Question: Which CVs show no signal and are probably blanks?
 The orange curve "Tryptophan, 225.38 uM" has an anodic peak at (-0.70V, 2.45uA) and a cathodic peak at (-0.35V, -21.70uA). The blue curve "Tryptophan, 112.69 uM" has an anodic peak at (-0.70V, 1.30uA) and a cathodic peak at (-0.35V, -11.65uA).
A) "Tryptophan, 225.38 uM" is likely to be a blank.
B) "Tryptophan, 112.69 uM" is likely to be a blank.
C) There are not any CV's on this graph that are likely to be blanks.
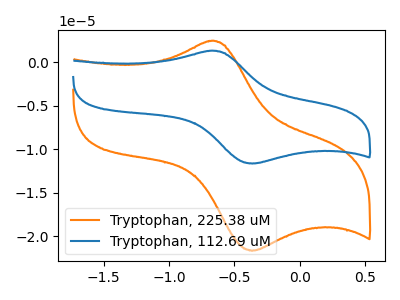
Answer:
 <answer>C) There are not any CV's on this graph that are likely to be blanks.</answer>
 <eval>C</eval>